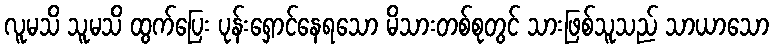
လူမသိ သူမသိ ထွက်ပြေး ပုန်းရှောင်နေရသော မိသားတစ်စုတွင် သားဖြစ်သူသည် သာယာသော